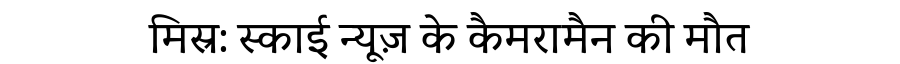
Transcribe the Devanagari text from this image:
मिस्र: स्काई न्यूज़ के कैमरामैन की मौत